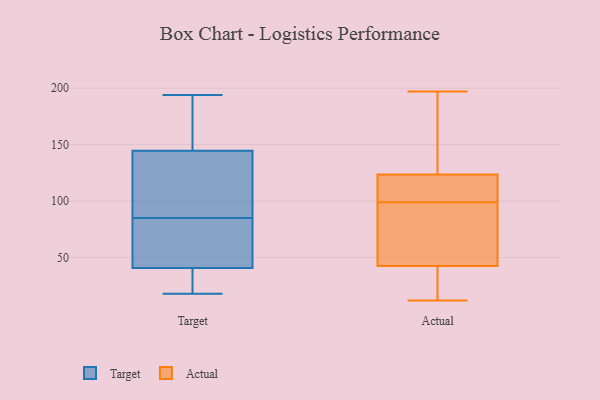
{"axis": {"x": "Churn Rate (%)", "y": "Value"}, "legend": ["Actual", "Target"], "data": [{"x": "", "y": 146, "type": "Target"}, {"x": "", "y": 85, "type": "Target"}, {"x": "", "y": 21, "type": "Target"}, {"x": "", "y": 133, "type": "Target"}, {"x": "", "y": 183, "type": "Target"}, {"x": "", "y": 40, "type": "Target"}, {"x": "", "y": 98, "type": "Target"}, {"x": "", "y": 156, "type": "Target"}, {"x": "", "y": 194, "type": "Target"}, {"x": "", "y": 43, "type": "Target"}, {"x": "", "y": 66, "type": "Target"}, {"x": "", "y": 77, "type": "Target"}, {"x": "", "y": 140, "type": "Target"}, {"x": "", "y": 183, "type": "Target"}, {"x": "", "y": 135, "type": "Target"}, {"x": "", "y": 29, "type": "Target"}, {"x": "", "y": 18, "type": "Target"}, {"x": "", "y": 64, "type": "Target"}, {"x": "", "y": 23, "type": "Target"}, {"x": "", "y": 112, "type": "Actual"}, {"x": "", "y": 197, "type": "Actual"}, {"x": "", "y": 111, "type": "Actual"}, {"x": "", "y": 17, "type": "Actual"}, {"x": "", "y": 21, "type": "Actual"}, {"x": "", "y": 23, "type": "Actual"}, {"x": "", "y": 135, "type": "Actual"}, {"x": "", "y": 147, "type": "Actual"}, {"x": "", "y": 62, "type": "Actual"}, {"x": "", "y": 103, "type": "Actual"}, {"x": "", "y": 161, "type": "Actual"}, {"x": "", "y": 109, "type": "Actual"}, {"x": "", "y": 95, "type": "Actual"}, {"x": "", "y": 12, "type": "Actual"}, {"x": "", "y": 85, "type": "Actual"}, {"x": "", "y": 94, "type": "Actual"}]}